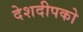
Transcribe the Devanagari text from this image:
देशदीपको